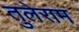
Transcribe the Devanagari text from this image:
तुलेराम